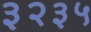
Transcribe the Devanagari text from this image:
३२३५